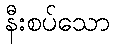
နီးစပ်သော